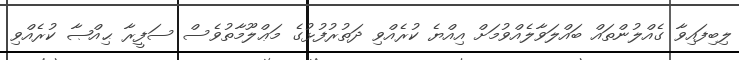
ލިބިފައިވާ ގެއްލުންތައް ބައްލަވާލެއްވުމަށް އިއްޔެ ކުރެއްވި ދަތުރުފުޅުގެ މަޢްލޫމާތުވެސް ސަފީރާ ޙިއްޞާ ކުރެއްވި